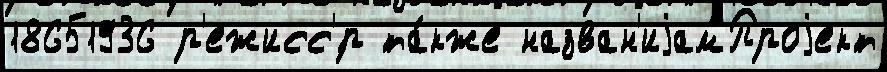
18651936 р'ежисс'́р та́кже назван'иjамПроjект